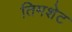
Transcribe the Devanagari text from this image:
तिमशेट